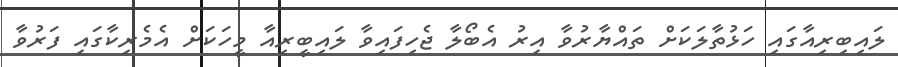
ލައިބިރިއާގައި ހަޅުތާލަކަށް ތައްޔާރުވާ އިރު އެބޯލާ ޖެހިފައިވާ ލައިބީރިއާ މީހަކަށް އެމެރިކާގައި ފަރުވާ